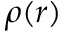
\rho ( r )